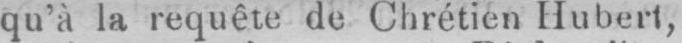
qu’à la requête de Chrétien Hubert,